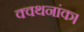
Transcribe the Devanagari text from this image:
क्वथनांक।